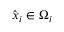
\hat { \boldsymbol { x } } _ { i } \in \Omega _ { i }